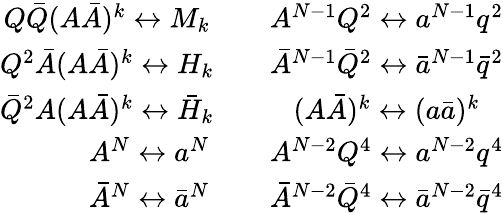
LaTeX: \begin{array}{cc}{{Q\bar{Q}(A\bar{A})^{k}\leftrightarrow M_{k}\quad}}&{{A^{N-1}Q^{2}\leftrightarrow a^{N-1}q^{2}}}\\ {{Q^{2}\bar{A}(A\bar{A})^{k}\leftrightarrow H_{k}\quad}}&{{\bar{A}^{N-1}\bar{Q}^{2}\leftrightarrow\bar{a}^{N-1}\bar{q}^{2}}}\\ {{\bar{Q}^{2}{A}(A\bar{A})^{k}\leftrightarrow\bar{H}_{k}\quad}}&{{(A\bar{A})^{k}\leftrightarrow(a\bar{a})^{k}}}\\ {{\qquad A^{N}\leftrightarrow a^{N}}}&{{A^{N-2}Q^{4}\leftrightarrow a^{N-2}q^{4}}}\\ {{\qquad\bar{A}^{N}\leftrightarrow\bar{a}^{N}}}&{{\bar{A}^{N-2}\bar{Q}^{4}\leftrightarrow\bar{a}^{N-2}\bar{q}^{4}}}\end{array}